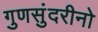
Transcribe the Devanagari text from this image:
गुणसुंदरीनो